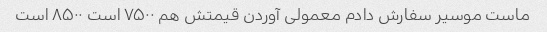
ماست موسیر سفارش دادم معمولی آوردن قیمتش هم ۷۵۰۰ است ۸۵۰۰ است